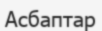
Асбаптар